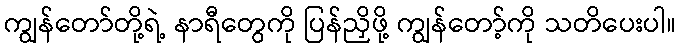
ကျွန်တော်တို့ရဲ့ နာရီတွေကို ပြန်ညှိဖို့ ကျွန်တော့်ကို သတိပေးပါ။